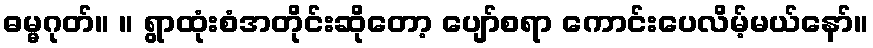
ဓမ္မဂုတ်။ ။ ရွာထုံးစံအတိုင်းဆိုတော့ ပျော်စရာ ကောင်းပေလိမ့်မယ်နော်။